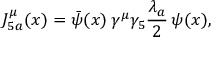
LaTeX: J _ { 5 a } ^ { \mu } ( x ) = \bar { \psi } ( x ) \, \gamma ^ { \mu } \gamma _ { 5 } \frac { \lambda _ { a } } 2 \, \psi ( x ) ,